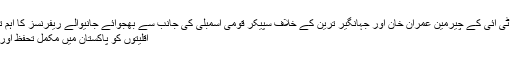
صدر ڈسٹرکٹ بار ابراہیم پی ٹی آئی کے چیرمین عمران خان اور جہانگیر ترین کے خلاف سپیکر قومی اسمبلی کی جانب سے بھجوائے جانیوالے ریفرنسز کا اہم ترین فیصلہ آج سنایا جائے گا
اقلیتوں کو پاکستان میں مکمل تحفظ اور سہولیات فراہم کی جاتی ہیں۔